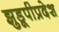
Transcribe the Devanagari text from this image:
झुडूपीप्रदेश